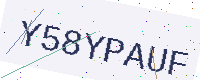
Text: Y58YPAUF